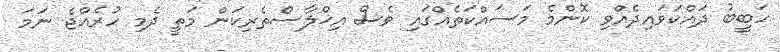
ހަބީބު ދައްކަވައިދެއްވި ކޮންމެ މަސައްކަތެއްގައި ވެސް އިޚްލާސްތެރިކަން މަތީ ދެމި ހުރެއްޖެ ނަމަ